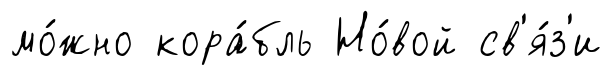
мо́жно кора́бль Но́вой св'я́з'и